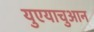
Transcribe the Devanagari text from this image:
युएयाचुआन